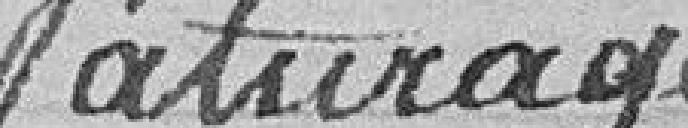
Pâturages